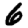
Digit: 6